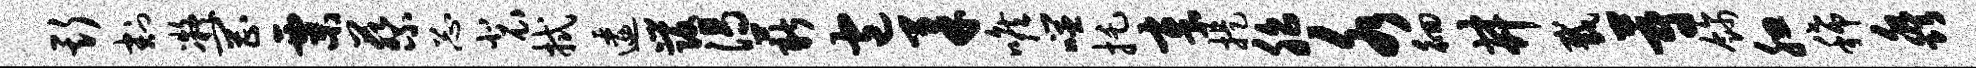
斯割凝罔粟蔡忐裴拭逶发渴薪包柔喉噬托章提胎水徊井截蔚饰腮稀淼